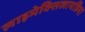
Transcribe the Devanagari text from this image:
लाइमेक्सिलायडिया